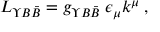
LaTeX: L _ { \Upsilon B \bar { B } } = g _ { \Upsilon B \bar { B } } \; \epsilon _ { \mu } k ^ { \mu } \; ,